Annual report of the Civil Veterinary Department, Bengal, for the year 1897-98 - 1897-1898
Year: 1897
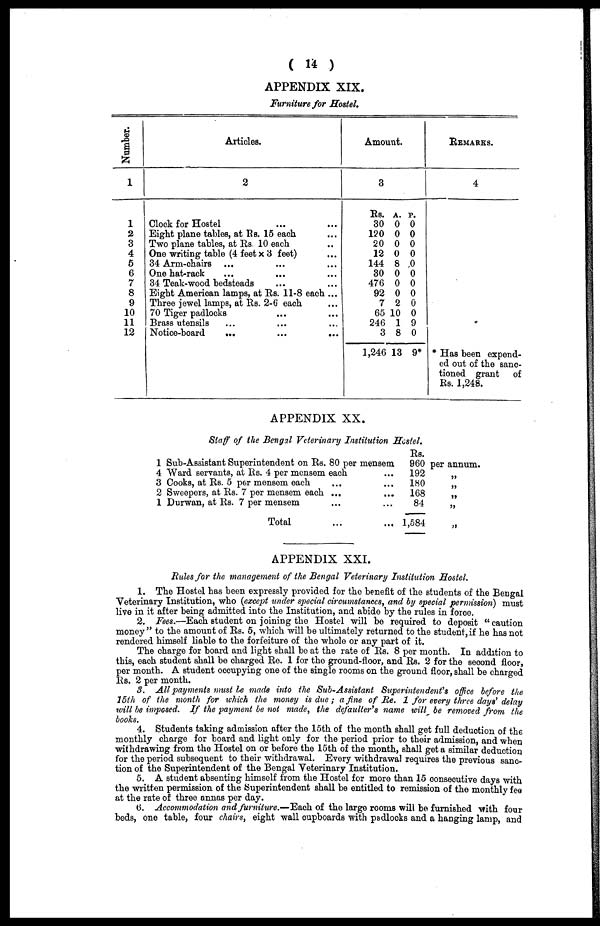
( 14 )
APPENDIX XIX.
Furniture for Hostel.
Number.
1
1
2
3
4
5
6
7
8
9
10
11
12
Articles.
2
Clock for Hostel ... ...
Eight plane tables, at Rs. 15 each ...
Two plane tables, at Rs. 10 each ...
One writing table (4 feet x 3 feet) ...
34 Arm-chairs ... ... ...
One hat-rack ... ... ...
34 Teak-wood bedsteads ... ...
Eight American lamps, at Rs. 11-8 each ...
Three jewel lamps, at Rs. 2-6 each ...
70 Tiger padlocks ... ...
Brass utensils ... ... ...
Notice-board
...
...
...
Amou
nt.
nt.
3
Rs.
30
120
20
12
144
30
476
92
7
65
246
3
1,246
A.
0
0
0
0
8
0
0
0
2
10
1
8
13
P.
0
0
0
0
0
0
0
0
0
0
9
0
9*
REMARKS.
4
* Has been expend-
ed out of the sanc-
tioned grant
of
Rs. 1,248.
APPENDIX XX.
Staff of the Bengal Veterinary Institution Hostel.
1 Sub-Assistant Superintendent on Rs. 80 per mensem
4 Ward servants, at Rs. 4 per mensem each ...
3 Cooks, at Rs. 5 per mensem each ... ...
2 Sweepers, at Rs. 7 per mensem each ... ...
1 Durwan, at Rs. 7 per mensem ... ...
Total ... ...
Rs.
960
192
180
168
84
1,584
per annum.
"
"
"
"
"
APPENDIX XXI.
Rules for the management of the Bengal Veterinary Institution Hostel.
1. The Hostel has been expressly provided for the benefit of the students of the Bengal
Veterinary Institution, who (except under special circumstances, and by special permission) must
live in it after being admitted into the Institution, and abide by the rules in force.
2. Fees.—Each student on joining the Hostel will be required to deposit "caution
money" to the amount of Rs. 5, which will be ultimately returned to the student, if he has not
rendered himself liable to the forfeiture of the whole or any part of it.
The charge for board and light shall be at the rate of Rs. 8 per month. In addition to
this, each student shall be charged Re. 1 for the ground-floor, and Rs. 2 for the second floor,
per month. A student occupying one of the single rooms on the ground floor, shall be charged
Rs. 2 per month.
3. All payments must be made into the Sub-Assistant Superintendent's office before the
15th of the month for which the money is due ; a fine of Re. 1 for every three days' delay
will be imposed. If the payment be not made, the defaulter's name will be removed from the
books.
4. Students taking admission after the 15th of the month shall get full deduction of the
monthly charge for board and light only for the period prior to their admission, and when
withdrawing from the Hostel on or before the 15th of the month, shall get a similar deduction
for the period subsequent to their withdrawal. Every withdrawal requires the previous sanc-
tion of the Superintendent of the Bengal Veterinary Institution.
5. A student absenting himself from the Hostel for more than 15 consecutive days with
the written permission of the Superintendent shall be entitled to remission of the monthly fee
at the rate of three annas per day.
6. Accommodation and furniture.—Each of the large rooms will be furnished with four
beds, one table, four chairs, eight wall cupboards with padlocks and a hanging lamp, and